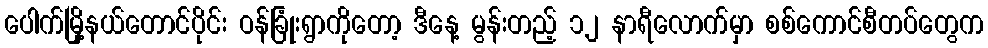
ပေါက်မြို့နယ်တောင်ပိုင်း ဝန်ခြုံးရွာကိုတော့ ဒီနေ့ မွန်းတည့် ၁၂ နာရီလောက်မှာ စစ်ကောင်စီတပ်တွေက